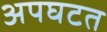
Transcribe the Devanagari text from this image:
अपघटत